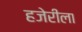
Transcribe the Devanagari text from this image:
हजेरीला